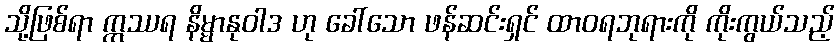
သို့ဖြစ်ရာ ဣဿရ နိမ္မာနုဝါဒ ဟု ခေါ်သော ဖန်ဆင်းရှင် ထာဝရဘုရားကို ကိုးကွယ်သည့်